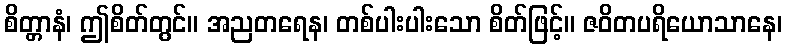
စိတ္တာနံ၊ ဤစိတ်တွင်။ အညတရေန၊ တစ်ပါးပါးသော စိတ်ဖြင့်။ ဇဝိတပရိယောသာနေ၊